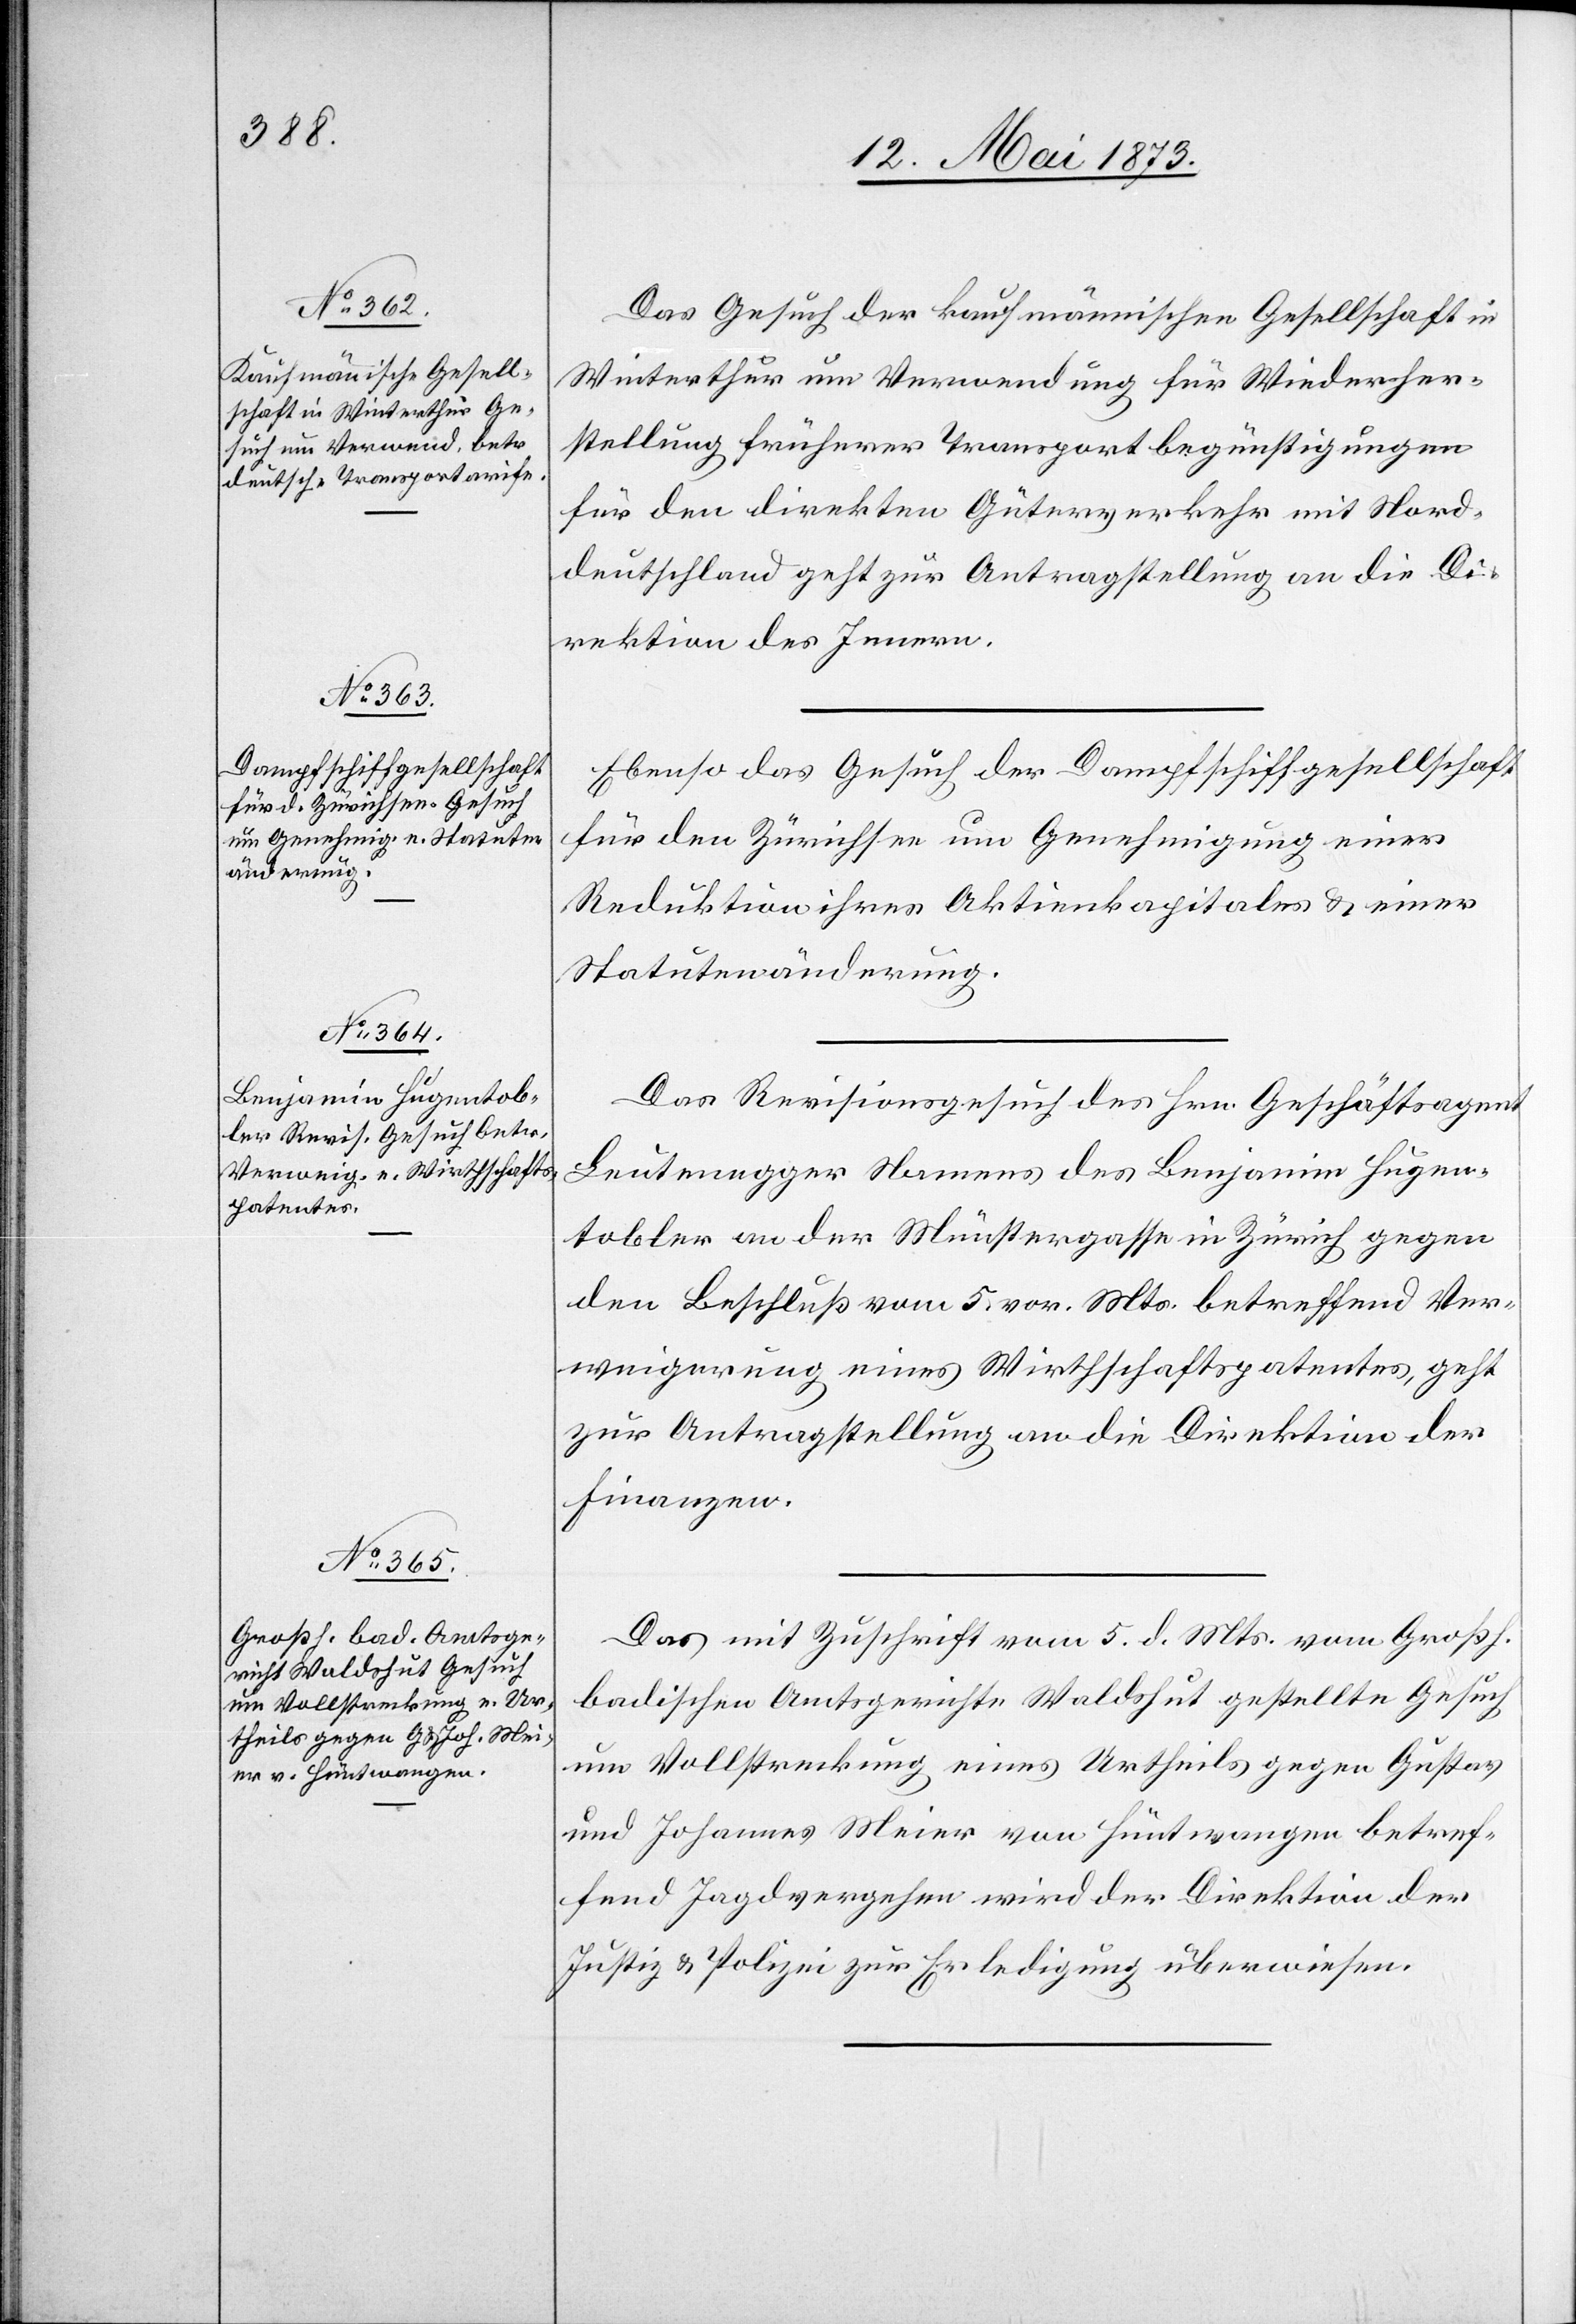
12. Mai 1873.]
Das Gesuch der kaufmännischen Gesellschaft in
Winterthur um Verwendung für Wiederher¬
stellung früherer Transportbegünstigungen
für den direkten Güterverkehr mit Nord¬
deutschland geht zur Antragstellung an die Di¬
rektion des Innern.
Ebenso das Gesuch der Dampfschiffgesellschaft
für den Zürichsee um Genehmigung einer
Reduktion ihres Aktienkapitales & einer
Statutenänderung.
Das Revisionsgesuch des Hrn. Geschäftsagent
Leutenegger Namens des Benjamin Hugen¬
tobler an der Münstergasse in Zürich gegen
den Beschluß vom 5. vor. Mts. betreffend Ver¬
weigerung eines Wirthschaftspatentes, geht
zur Antragstellung an die Direktion der
Finanzen.
Das mit Zuschrift vom 5. d. Mts. vom Großh.
badischen Amtsgerichte Waldshut gestellte Gesuch
um Vollstreckung eines Urtheils gegen Gustav
und Johannes Meier von Hüntwangen betref¬
fend Jagdvergehen wird der Direktion der
Justiz & Polizei zur Erledigung überwiesen.